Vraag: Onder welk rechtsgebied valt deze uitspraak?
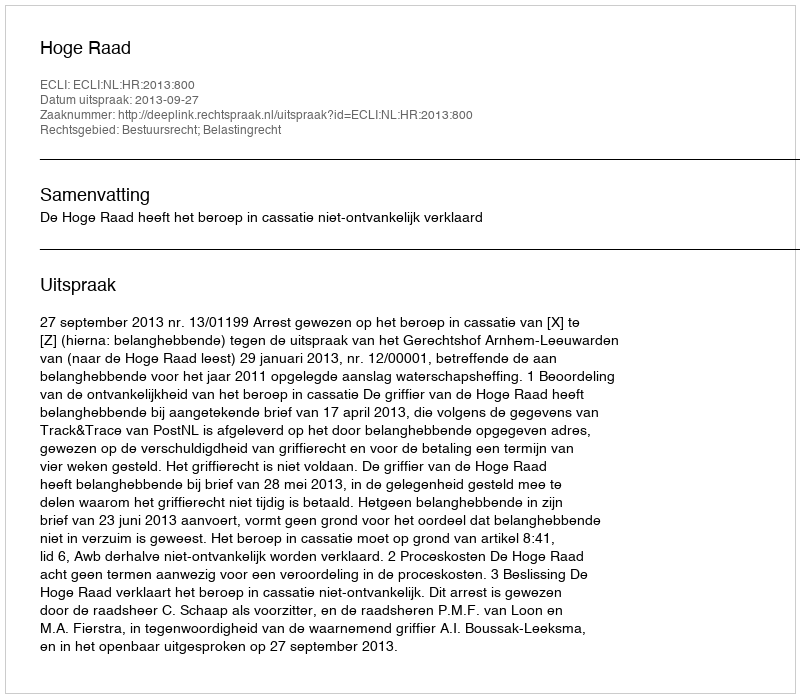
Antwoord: Bestuursrecht; Belastingrecht